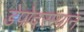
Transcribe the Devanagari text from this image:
डेपोदरम्यान